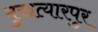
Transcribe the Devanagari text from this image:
मुखत्यारपुर